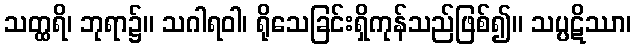
သတ္ထရိ၊ ဘုရာ၌။ သဂါရဝါ၊ ရိုသေခြင်းရှိကုန်သည်ဖြစ်၍။ သပ္ပဋိဿာ၊